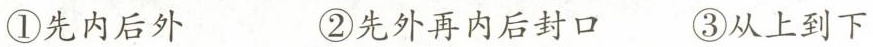
①先内后外 ②先外再内后封口 ③从上到下